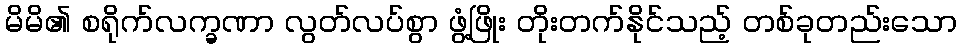
မိမိ၏ စရိုက်လက္ခဏာ လွတ်လပ်စွာ ဖွံ့ဖြိုး တိုးတက်နိုင်သည့် တစ်ခုတည်းသော